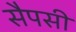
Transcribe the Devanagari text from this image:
सैपसी